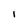
Character: 1